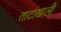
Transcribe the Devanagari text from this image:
ताटांखाली